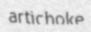
artichoke